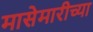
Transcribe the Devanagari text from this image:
मासेमारीच्या